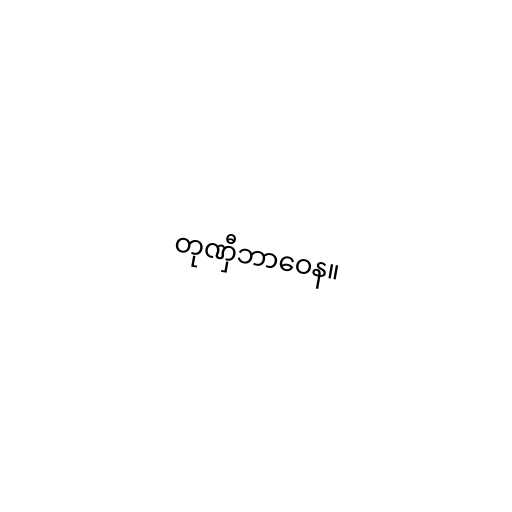
တုဏှီဘာဝေန။